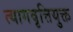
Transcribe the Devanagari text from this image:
त्यागवृत्तियुक्त